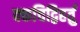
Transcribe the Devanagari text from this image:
क्कचिद्विहर्तुं